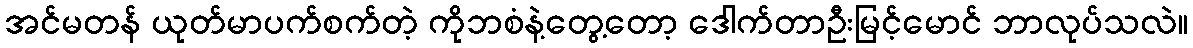
အင်မတန် ယုတ်မာပက်စက်တဲ့ ကိုဘစံနဲ့တွေ့တော့ ဒေါက်တာဦးမြင့်မောင် ဘာလုပ်သလဲ။